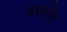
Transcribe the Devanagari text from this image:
असंदेह